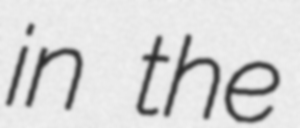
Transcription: in the